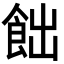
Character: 飿